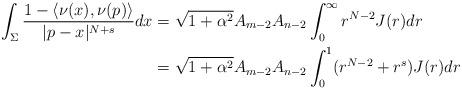
LaTeX: \begin{align*}\int_{\Sigma}\frac{1-\langle \nu(x), \nu (p) \rangle }{|p-x|^{N+s}} dx& =\sqrt{1+\alpha^2}A_{m-2}A_{n-2}\int_0^\infty r^{N-2} J(r) dr\\&=\sqrt{1+\alpha^2}A_{m-2}A_{n-2}\int_0^1(r^{N-2} + r^s) J(r) dr\end{align*}